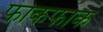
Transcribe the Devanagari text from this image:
फाकफाक